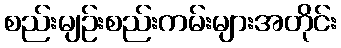
စည်းမျဉ်းစည်းကမ်းများအတိုင်း